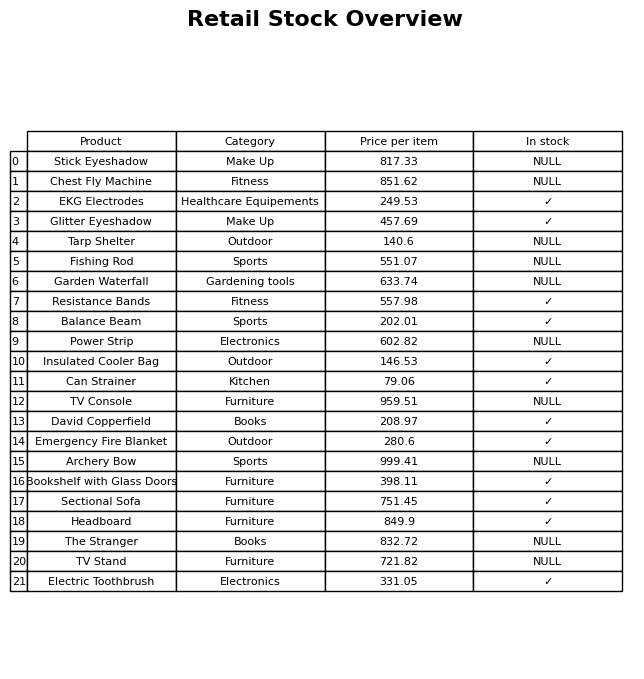
question: What is the price for Insulated Cooler Bag?
answer: The price of Insulated Cooler Bag is 146.53.